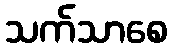
သက်သာစေ